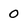
Character: 0